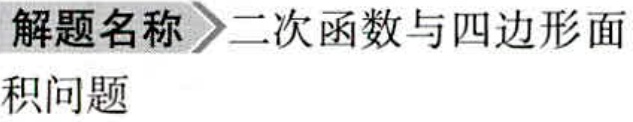
解题名称 \(\rightharpoonup\) 二次函数与四边形面积问题